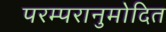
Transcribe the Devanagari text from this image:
परम्परानुमोदित